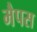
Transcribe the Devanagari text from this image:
मैपस